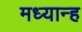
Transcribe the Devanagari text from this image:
मध्‍यान्‍ह